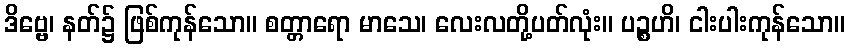
ဒိဗ္ဗေ၊ နတ်၌ ဖြစ်ကုန်သော။ စတ္တာရော မာသေ၊ လေးလတို့ပတ်လုံး။ ပဉ္စဟိ၊ ငါးပါးကုန်သော။